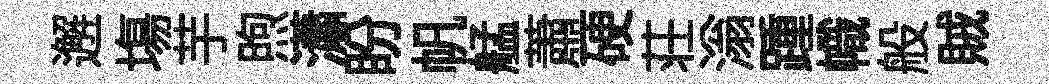
邂塲芋煦瀟盼帆艋蕭硬荘滃踵幟般賊